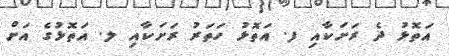
އަތޮޅު ދެ ރަށަކާއި ފ. އަތޮޅު ހަތަރު ރަށަކާއި ލ. އަތޮޅުގެ އަށް